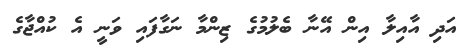
އަދި އާއިލާ އިން އޭނާ ބެލުމުގެ ޒިންމާ ނަގާފައި ވަނީ އެ ކުއްޖާގެ